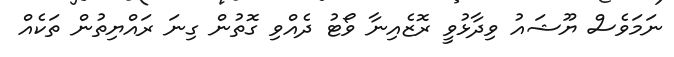
ނަމަވެސް ޔޫޝައު ވިދާޅުވީ ރޮޒެއިނާ ވޯޓު ދެއްވި ގޮތުން ގިނަ ރައްޔިތުން ތަކެއް